Report on vaccination in Madras 1922-1929 - 1922-1929
Year: 1922
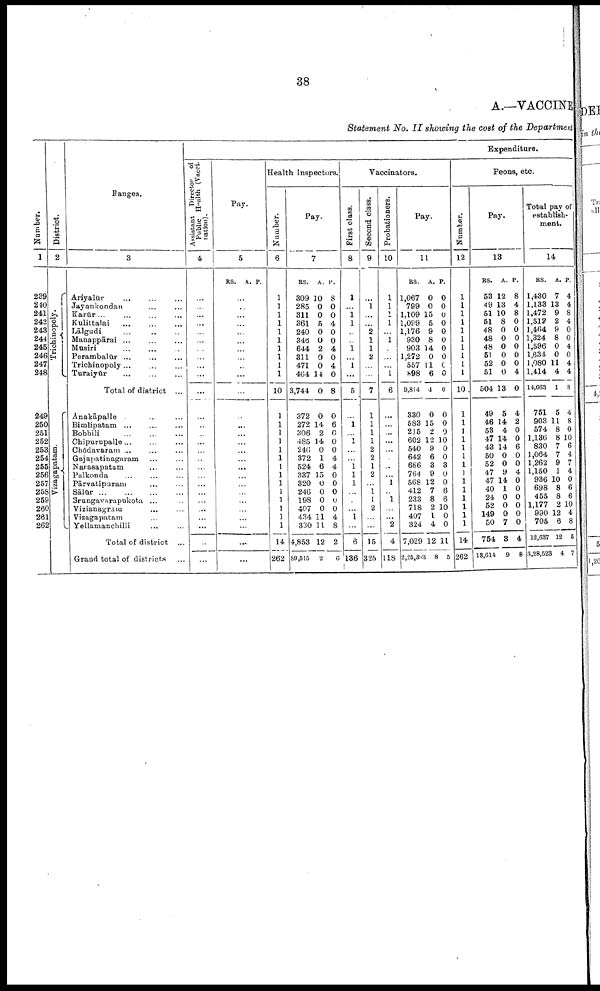
38
A.—VACCINE
Statement No. II showing the cost of the Department
Number.
1
239
210
241
242
243
244
245
246
247
248
249
250
251
252
253
254
255
256
257
258
259
260
261
262
District.
2
Trichinopoly.
Vizagapatam.
Ranges.
3
Ariyalur ... ... ...
Jayankondan ... ...
Karūr ... ... ...
Kulittalai ... ... ...
Lālgudi ... ... ...
Mannppārai ... ... ...
Musiri
...
...
...
Perambalūr ... ... ...
Trichinopoly ...
Turaiyūr
...
...
...
Total of district ...
Anakāpalle ... ... ...
Bimlipatam ... ... ...
Bobbili ... ... ...
Chipurupalle... ... ...
Chōdavaram ... ... ...
Gajapatinagaram ... ...
Narasapatam ... ...
Palkonda ... ... ...
Pārvatipuram ... ...
Sālūr ... ... ... ...
Srungavarapukota ... ...
Vizianagram ... ...
Vizagapatam ... ...
Yellamanchilli ... ...
Total of district ...
Grand total of districts
Expenditure.
Assistant Director of
Public Health (Vacci¬
nation).
4
...
...
...
...
...
...
...
...
...
...
...
...
...
...
...
...
...
...
...
...
...
...
...
...
...
...
...
Pay.
5
RS. A. P.
...
...
...
...
...
...
...
...
...
...
...
...
...
...
...
...
...
...
...
...
...
...
...
...
...
...
...
Health Insectors.
Number.
6
1
1
1
...
...
...
...
...
...
...
10
...
...
...
...
...
...
...
...
...
...
...
...
...
...
14
262
Pay.
7
RS.
309
285
311
361
240
346
644
311
471
464
3,744
372
272
306
485
240
372
524
337
320
246
198
407
434
330
4,853
89,515
A.
10
0
0
5
0
0
2
0
0
14
0
0
14
2
14
0
1
6
15
0
0
0
0
11
11
12
2
P.
8
0
0
4
0
0
4
0
4
0
8
0
6
0
0
0
4
4
0
0
0
0
0
4
8
2
6
Vaccinators.
First class.
8
1
...
1
1
...
...
1
...
1
...
5
...
1
...
1
...
...
1
1
1
...
...
...
1
...
6
136
Second class.
9
...
1
...
...
2
1
1
2
...
...
7
1
1
1
1
2
2
1
2
...
1
1
2
...
...
15
325
Probationers.
10
1
1
1
1
...
1
...
...
...
1
6
...
...
...
...
...
...
...
...
1
...
1
...
...
2
4
118
Pay.
11
RS.
1,067
799
1,109
1,099
1,176
930
903
1,272
557
898
9,814
330
583
215
602
540
642
686
764
568
412
233
718
407
324
7,029
2,25,393
A.
0
0
15
5
9
8
14
0
11
6
4
0
15
2
12
9
6
3
9
12
7
8
2
1
4
12
8
P.
0
0
0
0
0
0
0
0
0
0
0
0
0
9
10
0
0
3
0
0
6
6
10
0
0
11
5
Peons, etc.
Number.
12
1
1
1
1
1
1
1
1
1
1
10
1
1
1
1
1
...
...
...
...
...
...
...
...
...
14
262
Pay.
13
RS.
53
49
51
51
48
48
48
51
52
51
504
49
46
53
47
43
50
52
47
47
40
24
52
149
50
764
18,614
A.
12
13
10
8
0
0
0
0
0
0
13
5
14
4
14
14
0
0
9
14
1
0
0
0
7
3
9
P.
8
4
8
0
0
0
0
0
0
4
0
4
2
0
0
6
0
0
4
0
0
0
0
0
0
4
8
Total pay of
establish
ment.
14
RS.
1,430
1,133
1,472
1,512
1,464
1,324
1,596
1,634
1,080
1,414
14,063
761
903
574
1,136
830
1,064
1,262
1,150
936
698
455
1,177
990
705
12,637
3,28,523
A.
7
13
9
2
9
8
0
0
11
4
1
5
11
8
8
7
7
9
1
10
8
8
2
12
6
12
4
P.
4
4
8
4
0
0
4
0
4
4
8
4
8
0
10
6
4
7
4
0
6
6
10
4
8
5
7